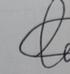
Signature authenticity: genuine